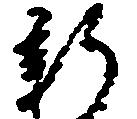
新